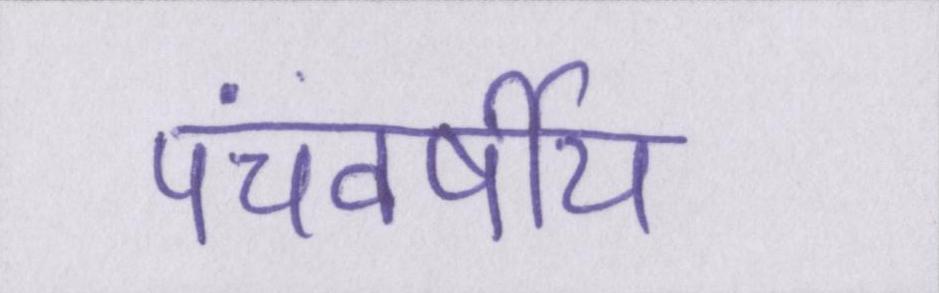
पंचवर्षीय